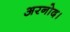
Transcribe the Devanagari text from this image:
अरनोद।